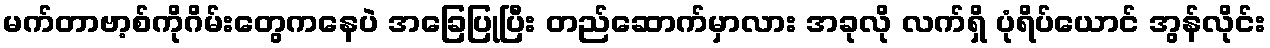
မက်တာဗာ့စ်ကိုဂိမ်းတွေကနေပဲ အခြေပြုပြီး တည်ဆောက်မှာလား အခုလို လက်ရှိ ပုံရိပ်ယောင် အွန်လိုင်း